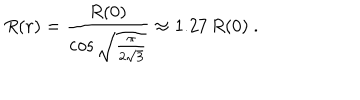
R ( r ) = { \frac { R ( 0 ) } { \cos \sqrt { \frac { \pi } { 2 \sqrt 3 } } } } \approx 1 . 2 7 \, R ( 0 ) \ .